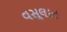
વસૂલાત